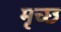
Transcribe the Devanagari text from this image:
मृच्छ